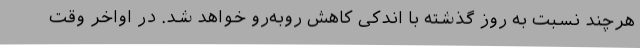
هرچند نسبت به روز گذشته با اندکی کاهش روبه‌رو خواهد شد. در اواخر وقت